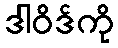
ဒါဝိဒ်ကို